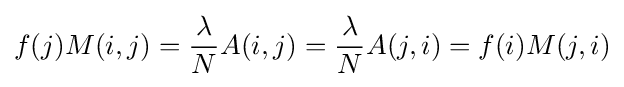
f(j)M(i,j)={\frac {\lambda }{N}}A(i,j)={\frac {\lambda }{N}}A(j,i)=f(i)M(j,i)